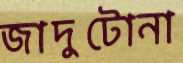
জাদুটোনা